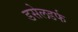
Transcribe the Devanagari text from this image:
डसेलडर्फ